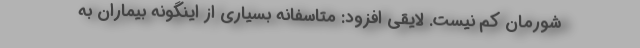
شورمان کم نیست. لایقی افزود: متاسفانه بسیاری از اینگونه بیماران به